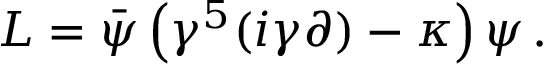
{ \cal L } = \bar { \psi } \left( \gamma ^ { 5 } ( i \gamma \partial ) - \kappa \right) \psi \, .